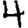
Digit: 4